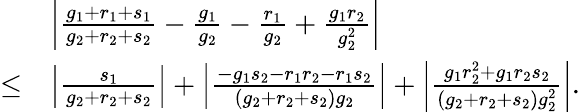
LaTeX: \begin{array}{rl}&{\left|\frac{g_{1}+r_{1}+s_{1}}{g_{2}+r_{2}+s_{2}}-\frac{g_{1}}{g_{2}}-\frac{r_{1}}{g_{2}}+\frac{g_{1}r_{2}}{g_{2}^{2}}\right|}\\ {\leq}&{\left|\frac{s_{1}}{g_{2}+r_{2}+s_{2}}\right|+\left|\frac{-g_{1}s_{2}-r_{1}r_{2}-r_{1}s_{2}}{(g_{2}+r_{2}+s_{2})g_{2}}\right|+\left|\frac{g_{1}r_{2}^{2}+g_{1}r_{2}s_{2}}{(g_{2}+r_{2}+s_{2})g_{2}^{2}}\right|.}\end{array}